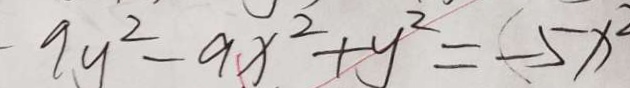
9 y ^ { 2 } - 9 x ^ { 2 } + y ^ { 2 } = - 5 x ^ { 2 }